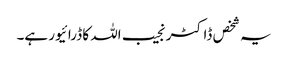
یہ شخص ڈاکٹر نجیب اللہ کا ڈرائیور ہے۔